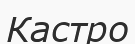
Кастро